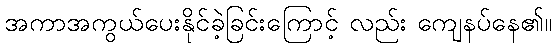
အကာအကွယ်ပေးနိုင်ခဲ့ခြင်းကြောင့် လည်း ကျေနပ်နေ၏။